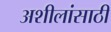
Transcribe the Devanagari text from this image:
अशीलांसाठी